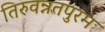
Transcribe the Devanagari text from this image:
तिरुवन्नतपुरम